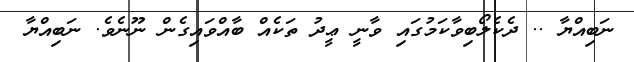
ނަބިއްޔާ .. ދެކެލޯބިވާކަމުގައި ވާނީ ޢީދު ތަކެއް ބާއްވައިގެން ނޫނެވެ. ނަބިއްޔާ